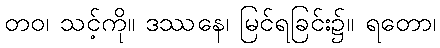
တဝ၊ သင့်ကို။ ဒဿနေ၊ မြင်ရခြင်း၌။ ရတော၊